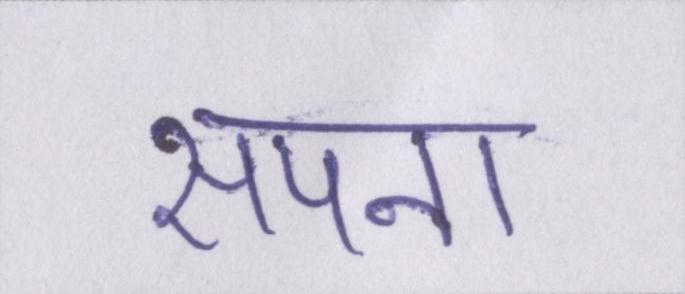
सपना